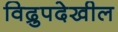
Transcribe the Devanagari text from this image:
विद्रुपदेखील